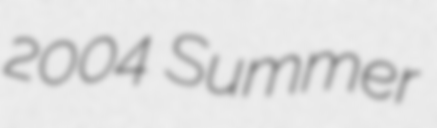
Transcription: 2004 Summer